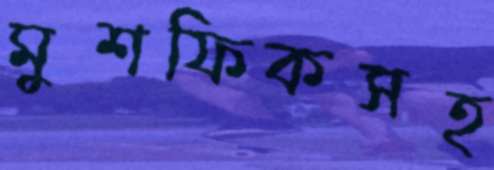
মুশফিকসহ